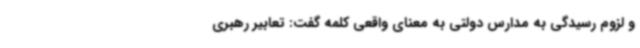
و لزوم رسیدگی به مدارس دولتی به معنای واقعی کلمه گفت: تعابیر رهبری